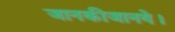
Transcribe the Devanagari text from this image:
जानकीजानये।